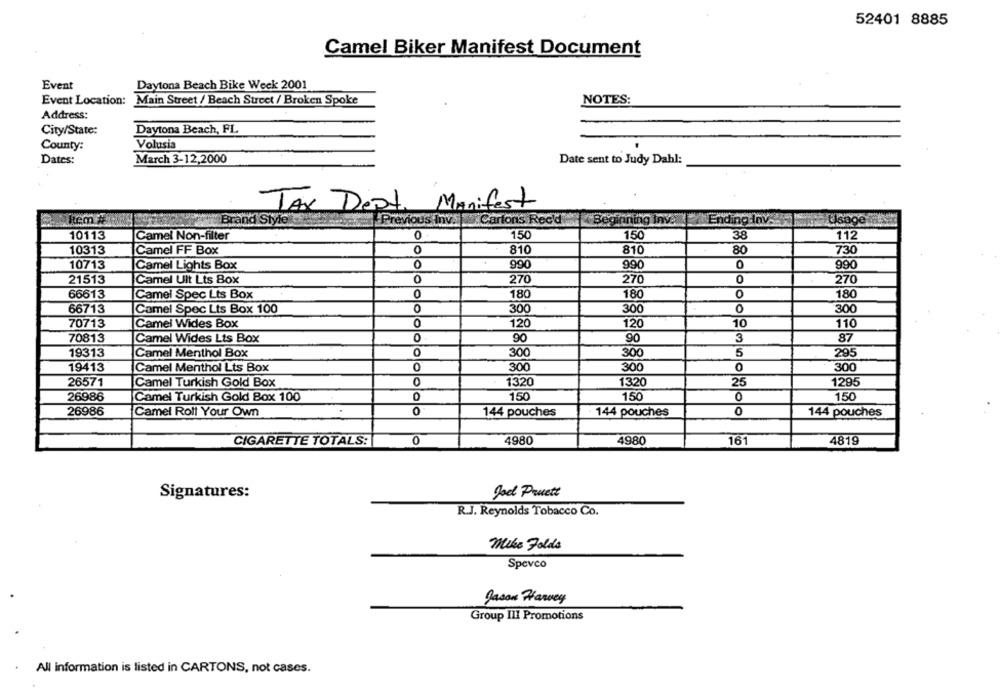
52401 8885
Camel Biker Manifest Document
Event
Daytona Beach Bike Week 2001
Event Location:
Main Street / Beach Street / Broken Spoke
NOTES:
Address:
City/State:
Daytona Beach, FL
County:
Volusia
Dates:
March 3-12,2000
Date sent to Judy Dahl:
TAX Dept.
Manifest
tem #
Brand Style
revious Inv. . Cartons Recd
Ending Inv.
Usage
10113
Camel Non-filter
150
150
38
112
10313
0
810
810
80
730
Camel FF Box
990
990
10713
Camel Lights Box
0
990
0
21513
Camel Ult Lts Box
0
270
270
0
270
66613
Camel Spec Lts Box
0
180
180
0
180
66713
Camel Spec Lts Box 100
0
300
300
O
300
70713
Camel Wides Box
0
120
120
10
110
70813
Camel Wides Lts Box
0
90
90
3
87
19313
Camel Menthol Box
0
300
300
5
295
19413
0
300
300
0
300
Camel Menthol Lts Box
0
1320
25
1295
26571
Camel Turkish Gold Box
1320
150
150
0
150
26986
Camel Turkish Gold Box 100
0
26986
Camel Roll Your Own
0
144 pouches
144 pouches
0
144 pouches
CIGARETTE TOTALS:
0
4980
4980
16
4819
Joel Pruett
Signatures:
R.J. Reynolds Tobacco Co.
Mike Folds
Spevco
Jason Harvey
Group III Promotions
All information is listed in CARTONS, not cases.